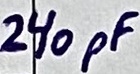
Text: 240pF